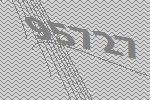
95727